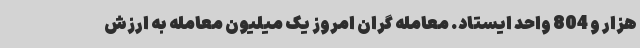
هزار و 804 واحد ایستاد. معامله گران امروز یک میلیون معامله به ارزش